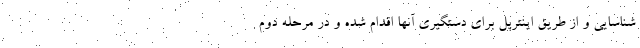
شناسایی و از طریق اینترپل برای دستگیری آنها اقدام شده و در مرحله دوم